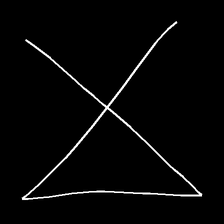
Glyph: collection